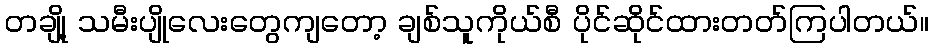
တချို့ သမီးပျိုလေးတွေကျတော့ ချစ်သူကိုယ်စီ ပိုင်ဆိုင်ထားတတ်ကြပါတယ်။